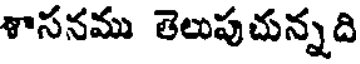
శాసనము తెలుపుచున్నది